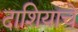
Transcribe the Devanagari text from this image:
दाशियाचे